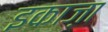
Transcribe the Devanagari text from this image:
इकाज़ा